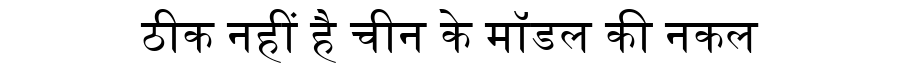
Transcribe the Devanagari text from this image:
ठीक नहीं है चीन के मॉडल की नकल